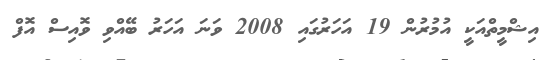
އިޝްމީތްއަކީ އުމުރުން 19 އަހަރުގައި 2008 ވަނަ އަހަރު ބޭއްވި ވޮއިސް އޮފް